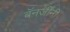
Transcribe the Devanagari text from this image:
बॅनर्जींनी